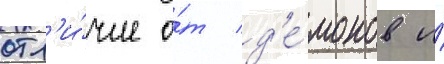
отл'и́чие о́т д'е́монов и́